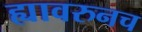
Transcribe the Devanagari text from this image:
ह्यावरुनच